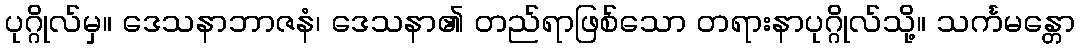
ပုဂ္ဂိုလ်မှ။ ဒေသနာဘာဇနံ၊ ဒေသနာ၏ တည်ရာဖြစ်သော တရားနာပုဂ္ဂိုလ်သို့။ သင်္ကမန္တော